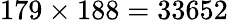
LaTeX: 179\times 188=33652